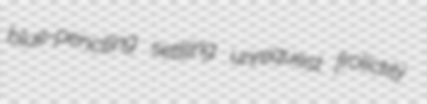
blue-penciling settling unrequest frolickly